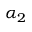
\alpha _ { 2 }